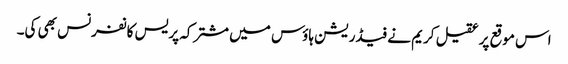
اس موقع پر عقیل کریم نے فیڈریشن ہاؤس میں مشترکہ پریس کانفرنس بھی کی۔